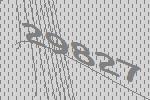
29827